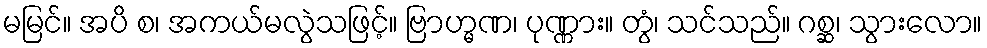
မမြင်။ အပိ စ၊ အကယ်မလွဲသဖြင့်။ ဗြာဟ္မဏ၊ ပုဏ္ဏား။ တွံ၊ သင်သည်။ ဂစ္ဆ၊ သွားလော။